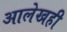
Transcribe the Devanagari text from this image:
आलेखही